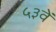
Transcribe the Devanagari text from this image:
५३वें